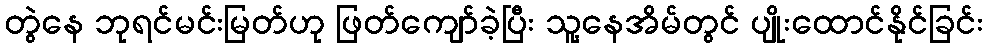
တွဲနေ ဘုရင်မင်းမြတ်ဟု ဖြတ်ကျော်ခဲ့ပြီး သူ့နေအိမ်တွင် ပျိုးထောင်နိုင်ခြင်း